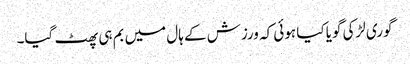
گوری لڑکی گویا کیا ہوئی کہ ورزش کے ہال میں بم ہی پھٹ گیا۔